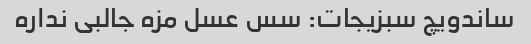
ساندویچ سبزیجات: سس عسل مزه جالبی نداره